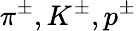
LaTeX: \pi^{\pm},K^{\pm},p^{\pm}